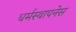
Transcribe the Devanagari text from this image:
धर्मस्थापनेस